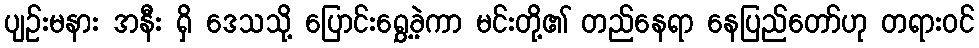
ပျဉ်းမနား အနီး ရှိ ဒေသသို့ ပြောင်းရွှေ့ခဲ့ကာ မင်းတို့၏ တည်နေရာ နေပြည်တော်ဟု တရားဝင်